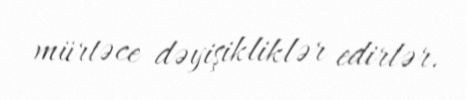
mürtəce dəyişikliklər edirlər.